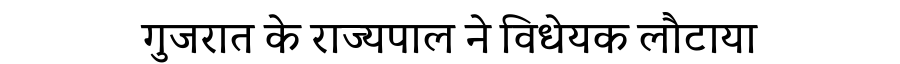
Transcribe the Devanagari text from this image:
गुजरात के राज्यपाल ने विधेयक लौटाया